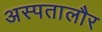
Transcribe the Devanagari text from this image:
अस्पतालौर